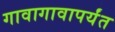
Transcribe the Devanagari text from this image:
गावागावापर्यंत